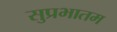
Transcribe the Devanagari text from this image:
सुप्रभातम